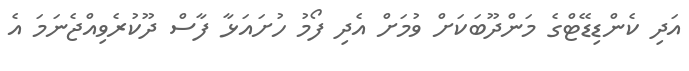
އަދި ކެންޑިޑޭޓްގެ މަންދޫބަކަށް ވުމަށް އެދި ފޯމު ހުށައަޅާ ފާސް ދޫކުރެވިއްޖެނަމަ އެ